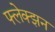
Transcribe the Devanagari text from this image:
फ्लेक्झन